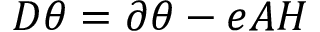
D \theta = \partial \theta - e A H